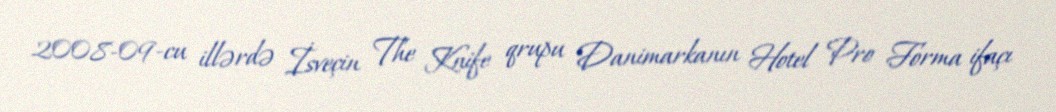
2008-09-cu illərdə İsveçin The Knife qrupu Danimarkanın Hotel Pro Forma ifaçı